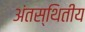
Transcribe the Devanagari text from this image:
अंतस्थितीय